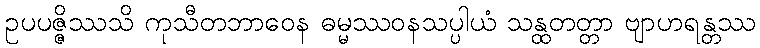
ဥပပဇ္ဇိဿသိ ကုသီတဘာဝေန ဓမ္မဿဝနသပ္ပါယံ သန္ထတတ္တာ ဗျာဟရန္တဿ